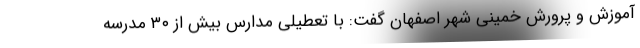
آموزش و پرورش خمینی شهر اصفهان گفت: با تعطیلی مدارس بیش از ۳۰ مدرسه